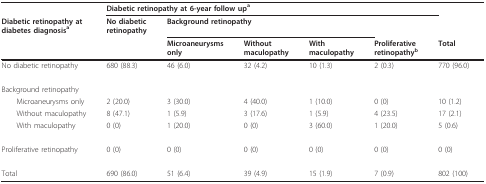
|  | <COLSPAN=5> Diabetic retinopathy at 6-year follow up a |  |
 | Diabetic retinopathy atdiabetes diagnosis a | No diabeticretinopathy | <COLSPAN=3> Background retinopathy |  |  |
 |  |  | Microaneurysmsonly | Withoutmaculopathy | Withmaculopathy | Proliferativeretinopathy b | Total |
 | --- | --- | --- | --- | --- | --- | --- |
 | No diabetic retinopathy | 680 (88.3) | 46 (6.0) | 32 (4.2) | 10 (1.3) | 2 (0.3) | 770 (96.0) |
 | Background retinopathy |  |  |  |  |  |  |
 | Microaneurysms only | 2 (20.0) | 3 (30.0) | 4 (40.0) | 1 (10.0) | 0 (0) | 10 (1.2) |
 | Without maculopathy | 8 (47.1) | 1 (5.9) | 3 (17.6) | 1 (5.9) | 4 (23.5) | 17 (2.1) |
 | With maculopathy | 0 (0) | 1 (20.0) | 0 (0) | 3 (60.0) | 1 (20.0) | 5 (0.6) |
 | Proliferative retinopathy | 0 (0) | 0 (0) | 0 (0) | 0 (0) | 0 (0) | 0 (0) |
 | Total | 690 (86.0) | 51 (6.4) | 39 (4.9) | 15 (1.9) | 7 (0.9) | 802 (100) |